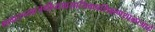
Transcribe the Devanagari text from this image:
गावात१खाजगीव्यावसायिकप्रशिक्षणशाळाआहे